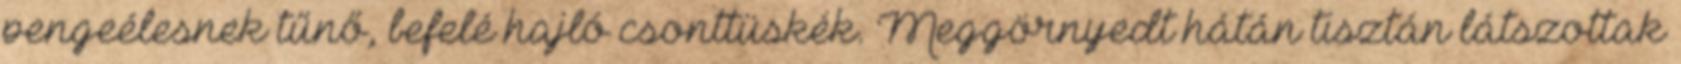
pengeélesnek tűnő, befelé hajló csonttüskék. Meggörnyedt hátán tisztán látszottak